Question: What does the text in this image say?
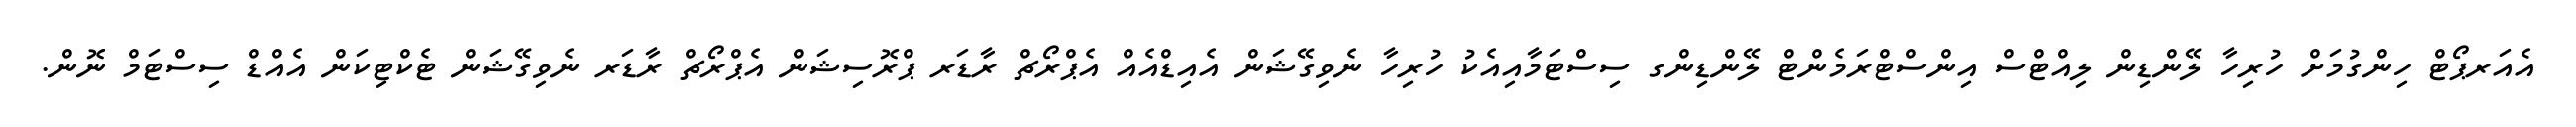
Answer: އެއަރޕޯޓް ހިންގުމަށް ހުރިހާ ލޭންޑިން ލިއްޓްސް އިންސްޓްރަމެންޓް ލޭންޑިންގ ސިސްޓަމާއިއެކު ހުރިހާ ނެވިގޭޝަން އެއިޑްއެއް އެޕްރޯޗް ރާޑަރ ޕްރޮސިޝަން އެޕްރޯޗް ރާޑަރ ނެވިގޭޝަން ޓެކްޓިކަން އެއްޑް ސިސްޓަމް ނޮން.